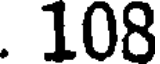
. 108